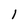
Character: 1